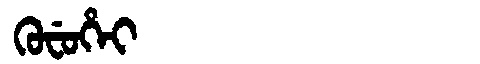
Manchu: ᡴᡠᠸᡠᡥᡝᡳ
Romanization: KUFUHEI